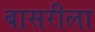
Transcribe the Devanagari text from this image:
बासरीला